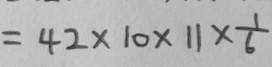
= 4 2 \times 1 0 \times 1 1 \times \frac { 1 } { 6 }